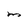
Character: M